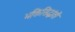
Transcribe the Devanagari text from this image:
भक्तिसिद्धांतों